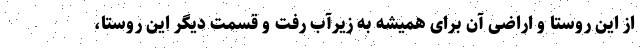
از این روستا و اراضی آن برای همیشه به زیرآب رفت و قسمت دیگر این روستا،